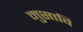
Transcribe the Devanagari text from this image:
मुसावि